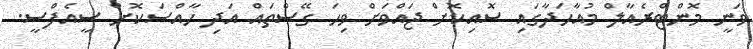
ވަނީ މޮންޓްރެއާލް މުއާހަދާގައި ސޮއިކޮށް ޖައްވަށް ވިހަ ގޭސްތައް އަދި ހާއްސަކޮށް ސީއެފްސީ.